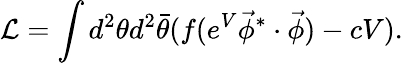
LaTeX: {\cal L}=\int d^{2}\theta d^{2}\bar{\theta}(f(e^{V}\vec{\phi}^{*}\cdot\vec{\phi})-cV).